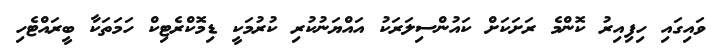
ވައިގައި ހިފިއިރު ކޮންމެ ރަށަކަށް ކައުންސިލަރަކު އައްޔަނުކުރި ކުރުމަކީ ޑިމޮކްރެޓިކް ހަމަތަކާ ބީރައްޓެހި